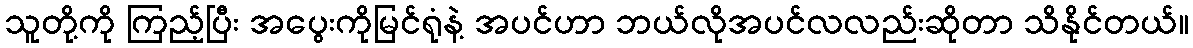
သူတို့ကို ကြည့်ပြီး အပွေးကိုမြင်ရုံနဲ့ အပင်ဟာ ဘယ်လိုအပင်လလည်းဆိုတာ သိနိုင်တယ်။